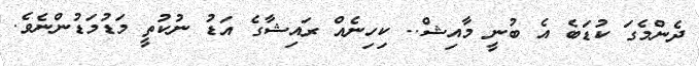
ދެންމެގަ ކުޑަބެ އެ ބުނީ މާއިޝް.. ކިހިނެއް ރައިޝާގެ އަޑު ނުކުތީ މަޑުމަޑުންނެވެ.